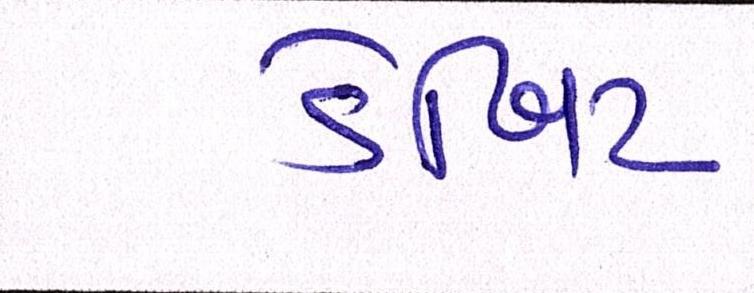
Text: ડેબિટ